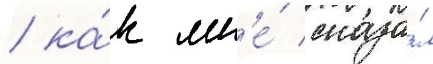
/ ка́к мн'е́ сказа́л